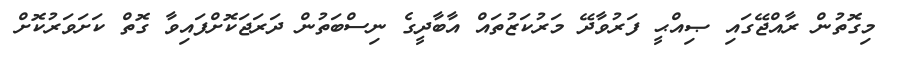
މިގޮތުން ރާއްޖޭގައި ޞިއްޙީ ފަރުވާދޭ މަރުކަޒުތައް އާބާދީގެ ނިސްބަތުން ދަރަޖަކޮށްފައިވާ ގޮތް ކަށަވަރުކޮށް